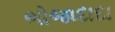
ભોજાદાદા